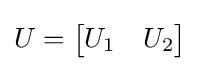
U={\begin{bmatrix}U_{1}&U_{2}\end{bmatrix}}